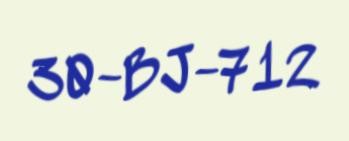
30-BJ-712